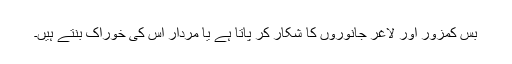
بس کمزور اور لاغر جانوروں کا شکار کر پاتا ہے یا مردار اس کی خوراک بنتے ہیں۔